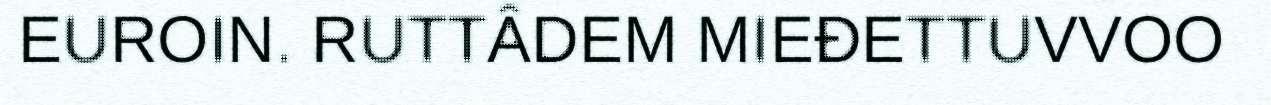
EUROIN. RUTTÂDEM MIEĐETTUVVOO